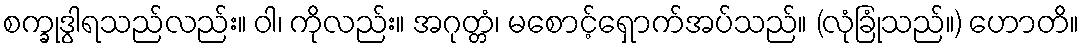
စက္ခုဒွါရသည်လည်း။ ဝါ၊ ကိုလည်း။ အဂုတ္တံ၊ မစောင့်ရှောက်အပ်သည်။ (လုံခြုံသည်။) ဟောတိ။